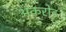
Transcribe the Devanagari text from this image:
अकरोड